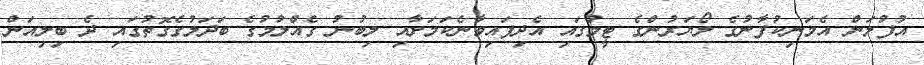
އުފުލަން އެމަނިކުފާނުގެ ލޯޔަރުންގެ ޓީމުގައި އެދިފައިވާނެކަމަށާއި ލިބުނު ގެއްލުމުގެ ބަދަލުގެގޮތުގައި ދެ ބިލިއަން